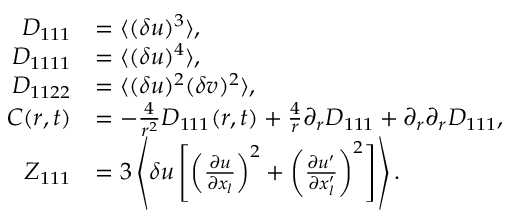
\begin{array} { r l } { D _ { 1 1 1 } } & { = \langle { ( \delta u ) ^ { 3 } } \rangle , } \\ { D _ { 1 1 1 1 } } & { = \langle { ( \delta u ) ^ { 4 } } \rangle , } \\ { D _ { 1 1 2 2 } } & { = \langle { ( \delta u ) ^ { 2 } ( \delta v ) ^ { 2 } } \rangle , } \\ { C ( r , t ) } & { = - \frac { 4 } { r ^ { 2 } } D _ { 1 1 1 } ( r , t ) + \frac { 4 } { r } \partial _ { r } D _ { 1 1 1 } + \partial _ { r } \partial _ { r } D _ { 1 1 1 } , } \\ { Z _ { 1 1 1 } } & { = 3 \left\langle { \delta u \left[ \left( \frac { \partial u } { \partial x _ { l } } \right) ^ { 2 } + \left( \frac { \partial u ^ { \prime } } { \partial x _ { l } ^ { \prime } } \right) ^ { 2 } \right] } \right\rangle . } \end{array}